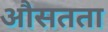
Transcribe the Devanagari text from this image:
औसतता